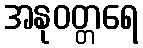
အနုဝတ္တရေ